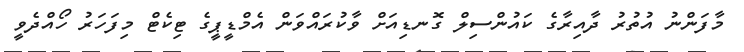
މާފަންނު އުތުރު ދާއިރާގެ ކައުންސިލް ގޮނޑިއަށް ވާކުރައްވަން އެމްޑީޕީގެ ޓިކެޓް މިފަހަރު ހޯއްދެވީ